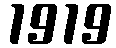
1919